Report on vaccination in Madras 1904-1921 - 1904-1921
Year: 1904
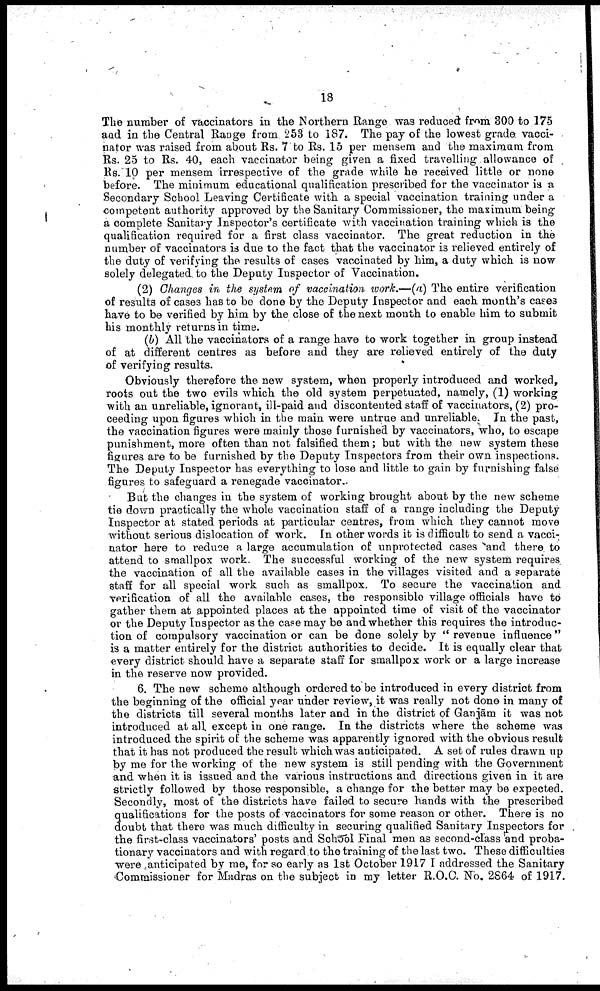
18
The number of vaccinators in the Northern Range was reduced from 300 to 175
and in the Central Range from 253 to 187. The pay of the lowest grade vacci
nator was raised from about Rs. 7 to Rs. 15 per mensem and the maximum from
Rs. 25 to Rs. 40, each vaccinator being given a fixed travelling allowance of
Rs 10 per mensem irrespective of the grade while he received little or none
before. The minimum educational qualification prescribed for the vaccinator is a
Secondary School Leaving Certificate with a special vaccination training under a
competent authority approved by the Sanitary Commissioner, the maximum being
a complete Sanitary Inspector's certificate with vaccination training which is the
qualification required for a first class vaccinator. The great reduction in the
number of vaccinators is due to the fact that the vaccinator is relieved entirely of
the duty of verifying the results of cases vaccinated by him, a duty which is now
solely delegated, to the Deputy Inspector of Vaccination.
(2) Changes in the system of vaccination work.—(a) The entire verification
of results of cases has to be done by the Deputy Inspector and each month's cases
have to be verified by him by the close of the next month to enable him to submit
his monthly returns in time.
(b) All the vaccinators of a range have to work together in group instead
of at different centres as before and they are relieved entirely of the duty
of verifying results.
Obviously therefore the new system, when properly introduced and worked
roots out the two evils which the old system perpetuated, namely, (1) working
with an unreliable, ignorant, ill-paid and discontented staff of vaccinators, (2) pro
ceeding upon figures which in the main were untrue and unreliable. In the past,
the vaccination figures were mainly those furnished by vaccinators, who, to escape
punishment, more often than not falsified them; but with the new system these
figures are to be furnished by the Deputy Inspectors from their own inspections.
The Deputy Inspector has everything to lose and little to gain by furnishing false
figures to safeguard a renegade vaccinator..
But the changes in the system of working brought about by the new scheme
tie down practically the whole vaccination staff of a range including the Deputy
Inspector at stated periods at particular centres, from which they cannot move
without serious dislocation of work. In other words it is difficult to send a vacci¬
nator here to reduce a large accumulation of unprotected cases and there, to
attend to smallpox work. The successful working of the new system requires
the vaccination of all the available cases in the villages visited and a separate
staff for all special work such as smallpox. To secure the vaccination and
verification of all the available cases, the responsible village officials have to
gather them at appointed places at the appointed time of visit of the vaccinator
or the Deputy Inspector as the case may be and whether this requires the introduc
tion of compulsory Vaccination or can be done solely by " revenue influence "
is a matter entirely for the district authorities to decide. It is equally clear that
every district should have a separate staff for smallpox work or a large increase
in the reserve now provided.
6. The new scheme although ordered to be introduced in every district from
the beginning of the official year under review, it was really not done in many of
the districts till several months later and in the district of Ganjām it was not
introduced at all except in one range. In the districts where the scheme was
introduced the spirit of the scheme was apparently ignored with the obvious result
that it has not produced the result which was anticipated. A set of rules drawn up
by me for the working of the new system is still pending with the Government
and when it is issued and the various instructions and directions given in it are
strictly followed by those responsible, a change for the better may be expected.
Secondly, most of the districts have failed to secure hands with the prescribed
qualifications for the posts of vaccinators for some reason or other. There is no
doubt that there was much difficulty in securing qualified Sanitary Inspectors for
the first-class vaccinators' posts and School Final men as second-class and proba
tionary vaccinators and with regard to the training of the last two. These difficulties
were anticipated by me, for so early as 1st October 1917 I addressed the Sanitary
Commissioner for Madras on the subject in my letter R.O.C. No. 2864 of 1917.